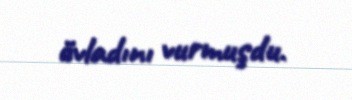
övladını vurmuşdu.